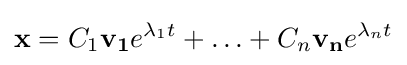
\mathbf {x} =C_{1}\mathbf {v_{1}} e^{\lambda _{1}t}+\ldots +C_{n}\mathbf {v_{n}} e^{\lambda _{n}t}